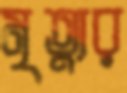
মৃত্যুর